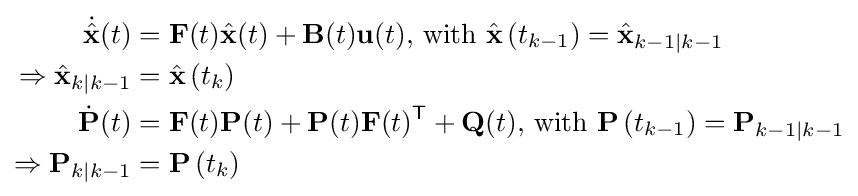
{\begin{aligned}{\dot {\hat {\mathbf {x} }}}(t)&=\mathbf {F} (t){\hat {\mathbf {x} }}(t)+\mathbf {B} (t)\mathbf {u} (t){\text{, with }}{\hat {\mathbf {x} }}\left(t_{k-1}\right)={\hat {\mathbf {x} }}_{k-1\mid k-1}\\\Rightarrow {\hat {\mathbf {x} }}_{k\mid k-1}&={\hat {\mathbf {x} }}\left(t_{k}\right)\\{\dot {\mathbf {P} }}(t)&=\mathbf {F} (t)\mathbf {P} (t)+\mathbf {P} (t)\mathbf {F} (t)^{\textsf {T}}+\mathbf {Q} (t){\text{, with }}\mathbf {P} \left(t_{k-1}\right)=\mathbf {P} _{k-1\mid k-1}\\\Rightarrow \mathbf {P} _{k\mid k-1}&=\mathbf {P} \left(t_{k}\right)\end{aligned}}